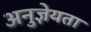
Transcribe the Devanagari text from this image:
अनुज्ञेयता